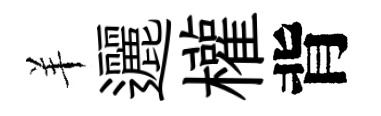
羊邐權背